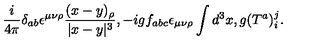
{ \frac { i } { 4 \pi } } \delta _ { a b } \epsilon ^ { \mu \nu \rho } { \frac { ( x - y ) _ { \rho } } { | x - y | ^ { 3 } } } , - i g f _ { a b c } \epsilon _ { \mu \nu \rho } \int d ^ { 3 } x , g ( T ^ { a } ) _ { i } ^ { j } .